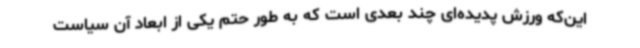
این‌که ورزش پدیده‌ای چند بعدی است که به طور حتم یکی از ابعاد آن سیاست